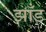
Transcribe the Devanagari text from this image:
झाँड